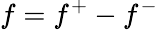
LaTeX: f=f^{+}-f^{-}